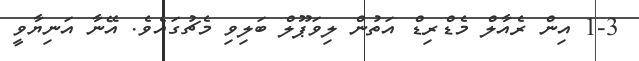
1-3 އިން ރެއާލް މެޑްރިޑް އަތުން ލިވަޕޫލް ބަލިވި މެޗުގައެވެ. އޭނާ އަނިޔާވީ